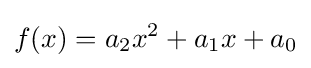
f(x)=a_{2}x^{2}+a_{1}x+a_{0}